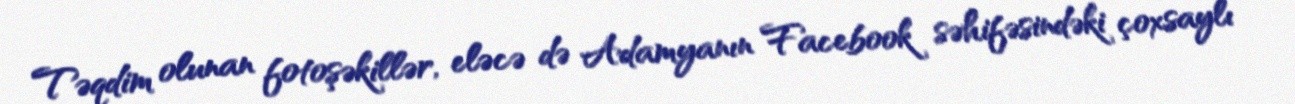
Təqdim olunan fotoşəkillər, eləcə də Adamyanın Facebook səhifəsindəki çoxsaylı